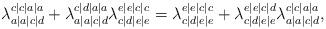
LaTeX: \begin{align*}\lambda_{a|a|c|d}^{c|c|a|a} + \lambda_{a|a|c|d}^{c|d|a|a}\lambda_{c|d|e|e}^{e|e|c|c} = \lambda_{c|d|e|e}^{e|e|c|c} + \lambda_{c|d|e|e}^{e|e|c|d}\lambda_{a|a|c|d}^{c|c|a|a},\end{align*}